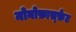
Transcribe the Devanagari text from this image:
मोनोफ़ास्फ़ेट